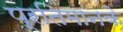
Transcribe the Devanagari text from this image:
प्रतिमानके